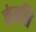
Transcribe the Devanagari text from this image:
कंबलि